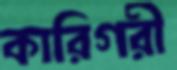
কারিগরী